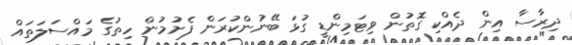
ދިރާސާ އިން ދެއްކި ގޮތުން ވިޓަމިންޑީ ގުޅަ ބޭނުންކުރަން ފެށުމުން ހިތުގެ މައްސަލަތައް